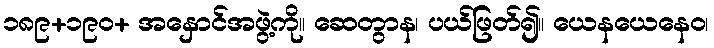
၁၈၉+၁၉၀+ အနှောင်အဖွဲ့ကို။ ဆေတွာန၊ ပယ်ဖြတ်၍။ ယေနယေနေဝ၊